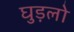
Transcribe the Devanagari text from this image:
घुड़लो